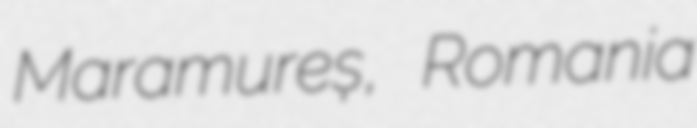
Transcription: Maramureș, Romania